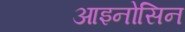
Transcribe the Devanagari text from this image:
आइनोसिन